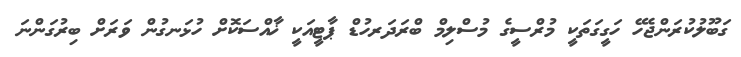
ގަބޫލުކުރަންޖެހޭ ހަގީގަތަކީ މުރްސީގެ މުސްލިމް ބްރަދަރހުޑް ޕާޓީއަކީ ޚާއްސަކޮށް ހުޅަނގުން ވަރަށް ބިރުގަންނަ